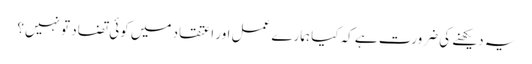
یہ دیکھنے کی ضرورت ہے کہ کیا ہمارے عمل اور اعتقاد میں کوئی تضاد تو نہیں؟